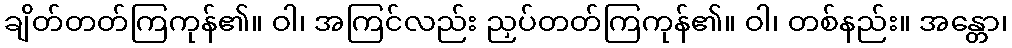
ချိတ်တတ်ကြကုန်၏။ ဝါ၊ အကြင်လည်း ညှပ်တတ်ကြကုန်၏။ ဝါ၊ တစ်နည်း။ အန္တော၊